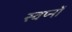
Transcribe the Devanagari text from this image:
स्वप्‍नों